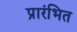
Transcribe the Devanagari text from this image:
प्रारंभित